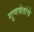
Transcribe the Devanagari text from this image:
गुणवंतांचे